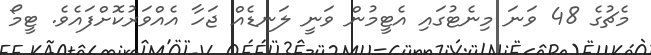
މެޗުގެ 48 ވަނަ މިނެޓުގައި އެޓީމުން ވަނީ ލަނޑެއް ޖަހާ އެއްވަރުކޮށްފައެވެ. ޓީމޯ